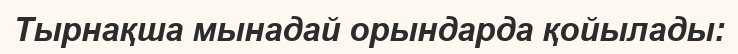
Тырнақша мынадай орындарда қойылады: